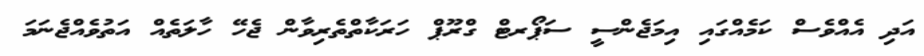
އަދި އެއްވެސް ކަމެއްގައި އިމަޖެންސީ ސަޕޯރޓް ގްރޫޕް ހަރަކާތްތެރިވާން ޖެހޭ ހާލަތެއް އަތުވެއްޖެނަމަ